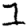
Digit: 1